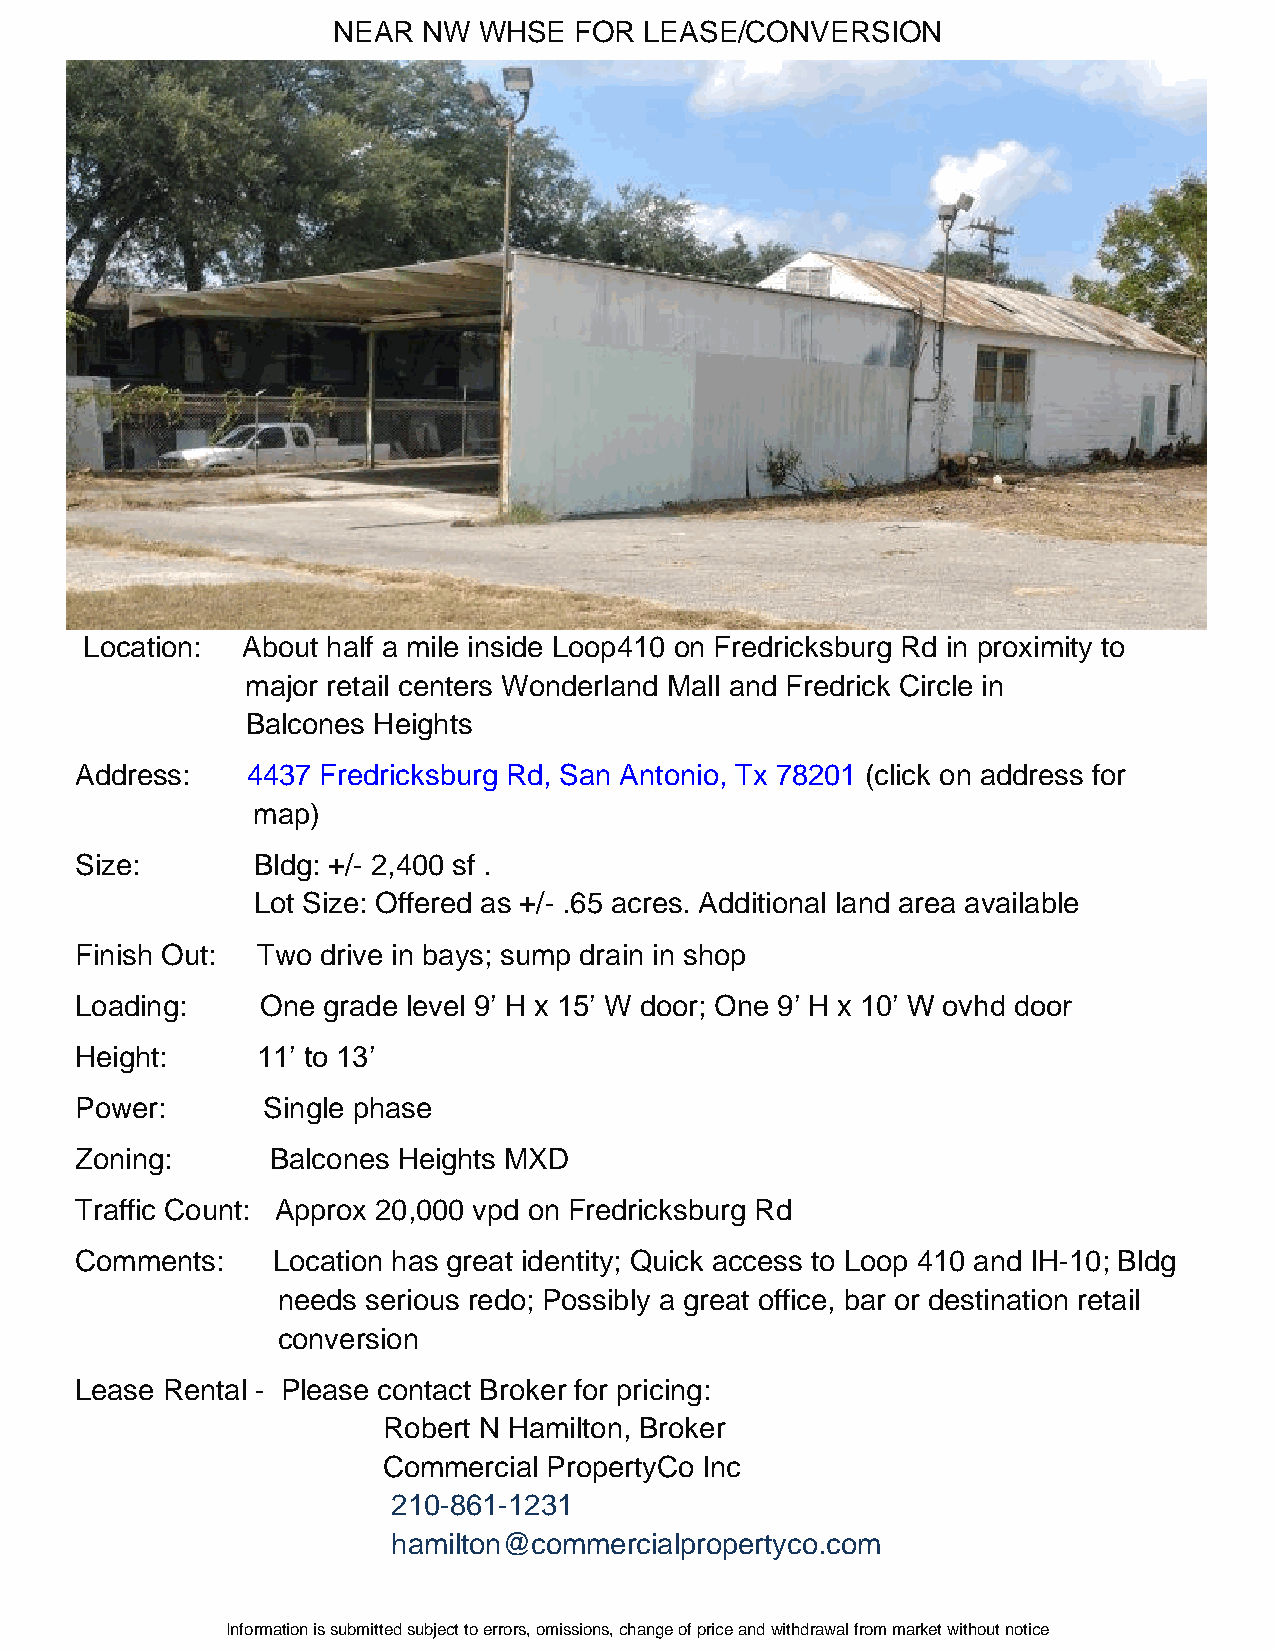
NEAR  NW  WHSE  FOR  LEASE/CONVERSION
 Location: About half a mile inside Loop410 on Fredricksburg Rd in proximity to
 major retail centers Wonderland Mall and Fredrick Circle in
 Balcones Heights
 Address:   4437 Fredricksburg Rd, San Antonio, Tx 78201 (click on address for
 map)
 Size:       Bldg: +/- 2,400 sf .
 Lot Size: Offered as +/- .65 acres. Additional land area available
 Finish Out: Two drive in bays; sump drain in shop
 Loading:    One grade level 9’ H x 15’ W door; One 9’ H x 10’ W ovhd door
 Height:     11’ to 13’
 Power:      Single phase
 Zoning:      Balcones Heights MXD
 Traffic Count: Approx 20,000 vpd on Fredricksburg Rd
 Comments:    Location has great identity; Quick access to Loop 410 and IH-10; Bldg
 needs serious redo; Possibly a great office, bar or destination retail
 conversion
 Lease Rental - Please contact Broker for pricing:
 Robert N Hamilton, Broker
 Commercial PropertyCo Inc
 210-861-1231
 hamilton@commercialpropertyco.com
 Information is submitted subject to errors, omissions, change of price and withdrawal from market without notice